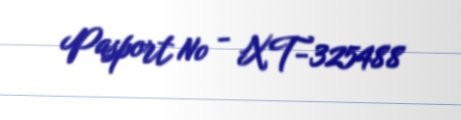
Pasport № - XT-325488